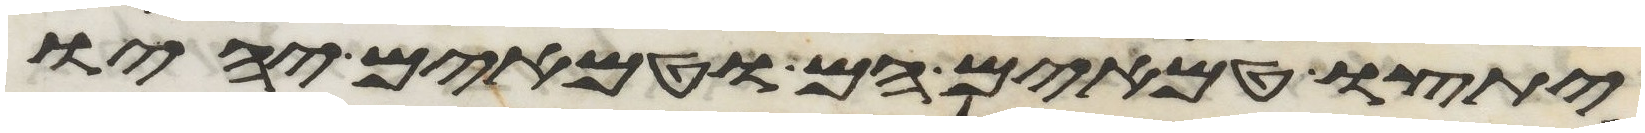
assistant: יתצו טמאים הם וטמאים יהיו